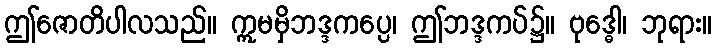
ဤဇောတိပါလသည်။ ဣမမှိဘဒ္ဒကပ္ပေ၊ ဤဘဒ္ဒကပ်၌။ ဗုဒ္ဓေါ၊ ဘုရား။